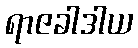
ရာဇခါဒါယ